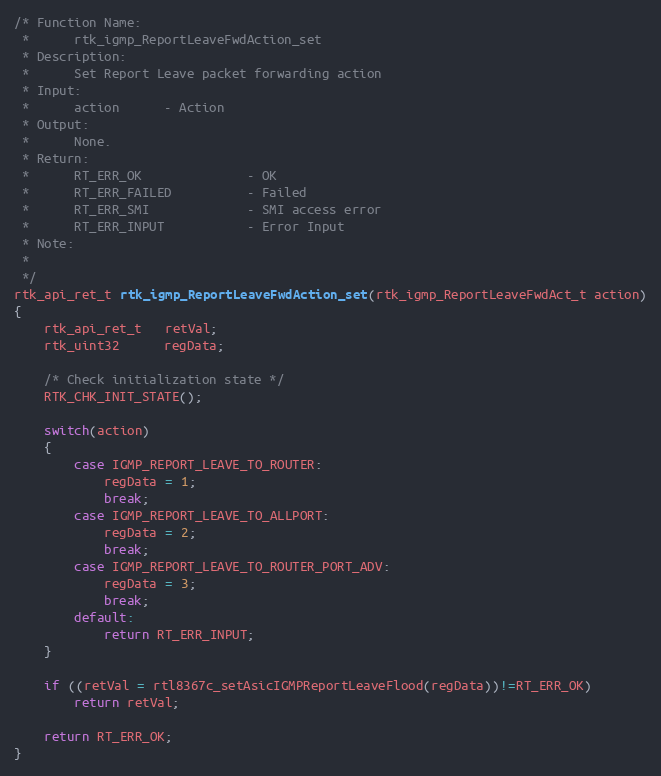
Language: C
/* Function Name:
 *      rtk_igmp_ReportLeaveFwdAction_set
 * Description:
 *      Set Report Leave packet forwarding action
 * Input:
 *      action      - Action
 * Output:
 *      None.
 * Return:
 *      RT_ERR_OK              - OK
 *      RT_ERR_FAILED          - Failed
 *      RT_ERR_SMI             - SMI access error
 *      RT_ERR_INPUT           - Error Input
 * Note:
 *
 */
rtk_api_ret_t rtk_igmp_ReportLeaveFwdAction_set(rtk_igmp_ReportLeaveFwdAct_t action)
{
    rtk_api_ret_t   retVal;
    rtk_uint32      regData;

    /* Check initialization state */
    RTK_CHK_INIT_STATE();

    switch(action)
    {
        case IGMP_REPORT_LEAVE_TO_ROUTER:
            regData = 1;
            break;
        case IGMP_REPORT_LEAVE_TO_ALLPORT:
            regData = 2;
            break;
        case IGMP_REPORT_LEAVE_TO_ROUTER_PORT_ADV:
            regData = 3;
            break;
        default:
            return RT_ERR_INPUT;
    }

    if ((retVal = rtl8367c_setAsicIGMPReportLeaveFlood(regData))!=RT_ERR_OK)
        return retVal;

    return RT_ERR_OK;
}